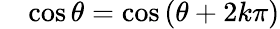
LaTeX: \quad\cos\theta=\cos\left(\theta+2k\pi\right)